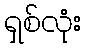
ရှစ်လုံး